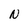
Character: N